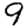
Digit: 9